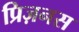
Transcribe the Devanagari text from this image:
प्रिज़नस